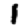
Digit: 1